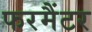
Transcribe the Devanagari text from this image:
फरमैंटर